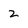
Character: 2